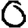
Digit: 0